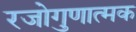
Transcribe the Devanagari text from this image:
रजोगुणात्मक